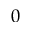
0